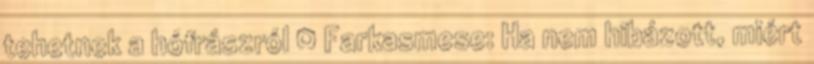
tehetnek a hófrászról ¤ Farkasmese: Ha nem hibázott, miért